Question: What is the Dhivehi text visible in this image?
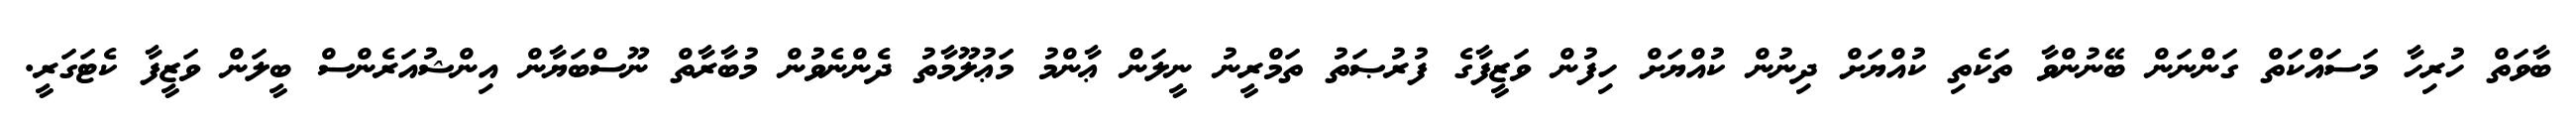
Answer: ބާވަތް ހުރިހާ މަސައްކަތް ގަންނަން ބޭނުންވާ ތަކެތި ކުއްޔަށް ދިނުން ކުއްޔަށް ހިފުން ވަޒީފާގެ ފުރުޞަތު ތަމްރީނު ނީލަން ޢާންމު މަޢުލޫމާތު ދެންނެވުން މުބާރާތް ނޫސްބަޔާން އިންޝުއަރެންސް ބީލަން ވަޒީފާ ކެޓަގަރީ.